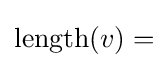
\operatorname {length} (v)=